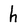
Character: h